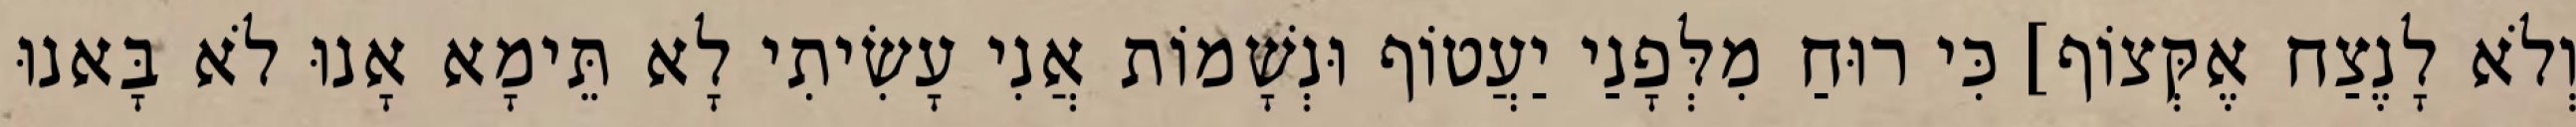
וְלֹא לָנֶצַח אֶקְּצוֹף] כִּי רוּחַ מִלְּפָנַי יַעֲטוֹף וּנְשָׁמוֹת אֲנִי עָשִׂיתִי לָא תֵּימָא אָנוּ לֹא בָּאנוּ